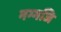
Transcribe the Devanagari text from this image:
नग्गजि